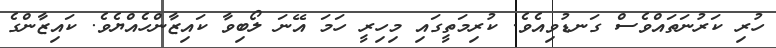
ހުރި ކަރުނަތައްވެސް ގަނޑުވިއެވެ. ކުރިމަތީގައި މިހިރީ ހަމަ އޭނަ ލޯބިވާ ކައިޒާންހެއްޔެވެ. ކައިޒާންގެ